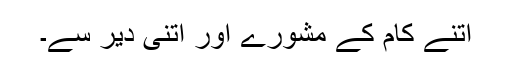
اتنے کام کے مشورے اور اتنی دیر سے۔